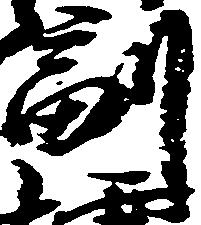
副